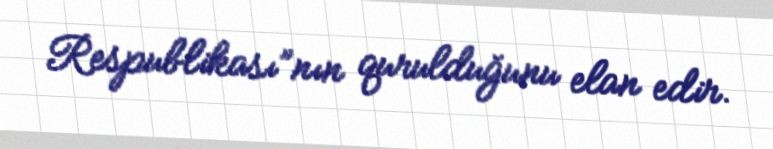
Respublikası”nın qurulduğunu elan edir.